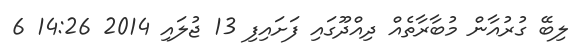
ލިބޭ ގުރުއާން މުބާރާތެއް ދިއްދޫގައި ފަށައިފި 13 ޖުލައި 2014 14:26 6